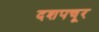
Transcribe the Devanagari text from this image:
दशपचूर